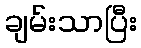
ချမ်းသာပြီး